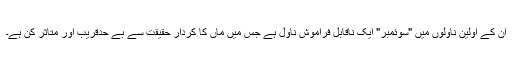
ان کے اولین ناولوں میں "سوئمبر" ایک ناقابل فراموش ناول ہے جس میں ماں کا کردار حقیقت سے بے حدقریب اور متاثر کن ہے۔